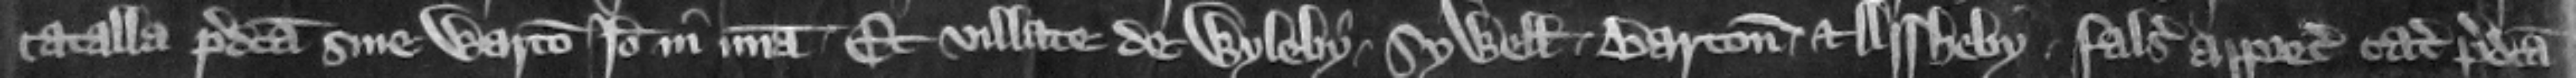
catalla predicta sine waranto. ideo in misericordia. Et villate de Wyleby. Sywell. Barton. et Assheby falso appreciauerunt catalla predicta